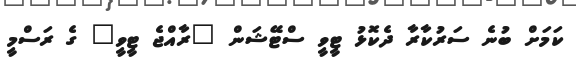
ކަމަށް ބުނެ ސަރުކާރާ ދެކޮޅު ޓީވީ ސްޓޭޝަން "ރާއްޖެ ޓީވީ" ގެ ރަސްމީ